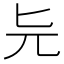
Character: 𠤐